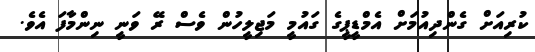
ކުރިއަށް ގެންދިއުމަށް އެމްޑީޕީގެ ގައުމީ މަޖިލީހުން ވެސް ރޭ ވަނީ ނިންމާފަ އެވެ.